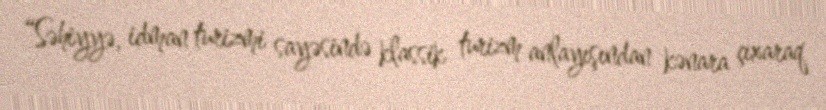
“Səhiyyə, idman turizmi sayəsində klassik turizm anlayışından kənara çıxaraq